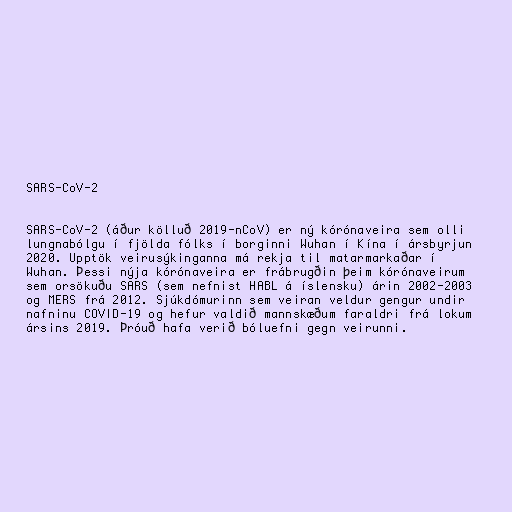
SARS-CoV-2

SARS-CoV-2 (áður kölluð 2019-nCoV) er ný kórónaveira sem olli
lungnabólgu í fjölda fólks í borginni Wuhan í Kína í ársbyrjun
2020. Upptök veirusýkinganna má rekja til matarmarkaðar í
Wuhan. Þessi nýja kórónaveira er frábrugðin þeim kórónaveirum
sem orsökuðu SARS (sem nefnist HABL á íslensku) árin 2002-2003
og MERS frá 2012. Sjúkdómurinn sem veiran veldur gengur undir
nafninu COVID-19 og hefur valdið mannskæðum faraldri frá lokum
ársins 2019. Þróuð hafa verið bóluefni gegn veirunni.